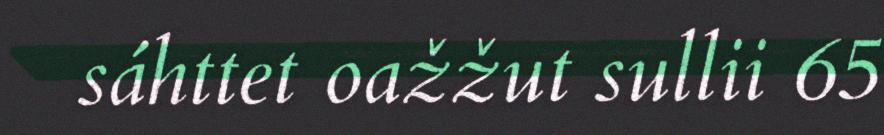
sáhttet oažžut sullii 65